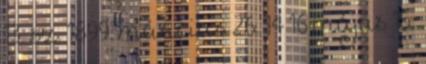
13. sz. 1899. március 26. 14 16 május 15.